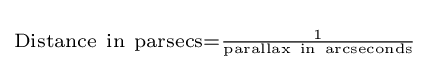
\scriptstyle \mathrm {Distance\ in\ parsecs} ={\frac {1}{\mathrm {parallax\ in\ arcseconds} }}